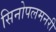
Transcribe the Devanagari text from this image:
सिनोपलमनरी